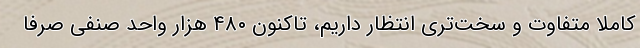
کاملاً متفاوت و سخت‌تری انتظار داریم، تاکنون ۴۸۰ هزار واحد صنفی صرفا